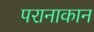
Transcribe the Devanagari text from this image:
परानाकान